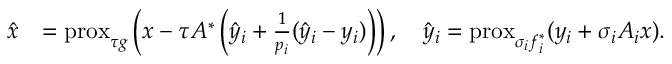
\begin{array} { r l } { \hat { x } } & { = \mathrm { p r o x } _ { \tau g } \left( x - \tau A ^ { * } \left( \hat { y } _ { i } + \frac { 1 } { p _ { i } } ( \hat { y } _ { i } - y _ { i } ) \right) \right) , \quad \hat { y } _ { i } = \mathrm { p r o x } _ { \sigma _ { i } f _ { i } ^ { * } } ( y _ { i } + \sigma _ { i } A _ { i } x ) . } \end{array}